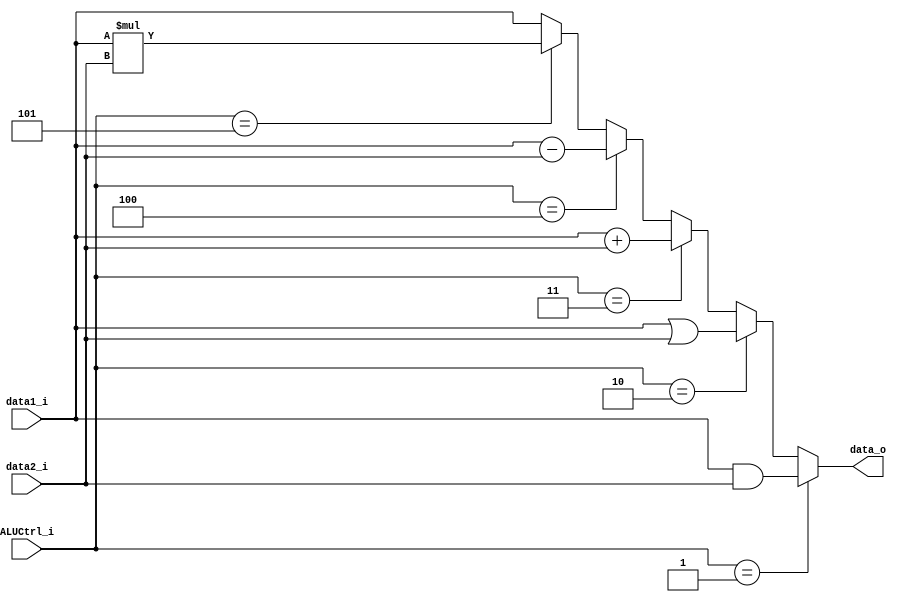
module ALU(data1_i,data2_i,ALUCtrl_i,data_o);
input[31:0]data1_i,data2_i;
input[2:0]ALUCtrl_i;
output[31:0]data_o;

assign data_o=(ALUCtrl_i==3'b001)?data1_i&data2_i:
			  (ALUCtrl_i==3'b010)?data1_i|data2_i:
			  (ALUCtrl_i==3'b011)?data1_i+data2_i:
			  (ALUCtrl_i==3'b100)?data1_i-data2_i:
			  (ALUCtrl_i==3'b101)?data1_i*data2_i:
			  data1_i;
endmodule